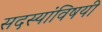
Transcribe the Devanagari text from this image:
सदस्यांविषयी